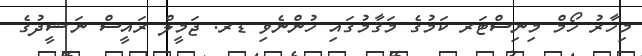
މިހާރު ހޯމް މިނިސްޓަރ ކަމުގެ މަޤާމުގައި ހުންނެވި ޑރ. ޖަމީލް ރައީސް ނަޝީދުގެ